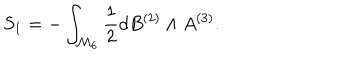
S _ { 1 } = - \int _ { { \cal M } _ { 6 } } { \frac { 1 } { 2 } } d B ^ { ( 2 ) } \wedge A ^ { ( 3 ) } .